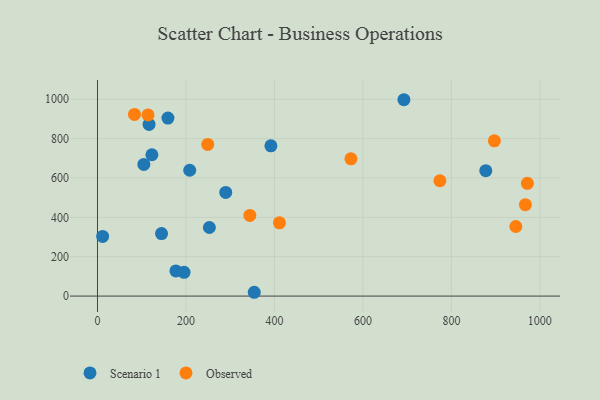
{"axis": {"x": "Speed", "y": "Sales"}, "legend": ["Observed", "Scenario 1"], "data": [{"x": "144.8", "y": 317.7, "type": "Scenario 1"}, {"x": "392.0", "y": 763.5, "type": "Scenario 1"}, {"x": "159.2", "y": 904.8, "type": "Scenario 1"}, {"x": "692.7", "y": 997.8, "type": "Scenario 1"}, {"x": "123.0", "y": 718.1, "type": "Scenario 1"}, {"x": "177.2", "y": 128.1, "type": "Scenario 1"}, {"x": "208.5", "y": 639.5, "type": "Scenario 1"}, {"x": "195.7", "y": 120.7, "type": "Scenario 1"}, {"x": "252.9", "y": 348.6, "type": "Scenario 1"}, {"x": "877.8", "y": 637.3, "type": "Scenario 1"}, {"x": "104.8", "y": 669.0, "type": "Scenario 1"}, {"x": "289.9", "y": 526.7, "type": "Scenario 1"}, {"x": "354.4", "y": 19.4, "type": "Scenario 1"}, {"x": "116.6", "y": 872.3, "type": "Scenario 1"}, {"x": "11.6", "y": 303.1, "type": "Scenario 1"}, {"x": "897.2", "y": 788.9, "type": "Observed"}, {"x": "83.6", "y": 923.1, "type": "Observed"}, {"x": "249.2", "y": 770.7, "type": "Observed"}, {"x": "114.2", "y": 920.4, "type": "Observed"}, {"x": "411.3", "y": 372.2, "type": "Observed"}, {"x": "774.0", "y": 586.1, "type": "Observed"}, {"x": "344.4", "y": 409.7, "type": "Observed"}, {"x": "572.9", "y": 697.5, "type": "Observed"}, {"x": "967.3", "y": 464.3, "type": "Observed"}, {"x": "945.7", "y": 353.5, "type": "Observed"}, {"x": "971.8", "y": 572.8, "type": "Observed"}]}